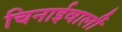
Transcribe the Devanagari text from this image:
चिनाईवालीं